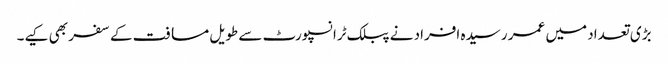
بڑی تعداد میں عمر رسیدہ افراد نے پبلک ٹرانسپورٹ سے طویل مسافت کے سفر بھی کیے۔